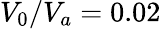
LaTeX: V_{0}/V_{a}=0.02